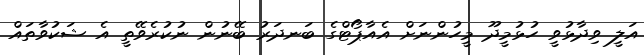
އަލީ ވިދާޅުވީ ހުޅުމީދޫ މީހުންނަށް އެއާޕޯޓްގެ ބަނދަރު ބޭނުން ނުކުރެވޭތީ އެ ޝަކުވާތައް